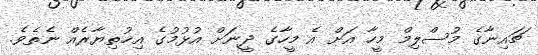
ޗައިނާގެ މުސްލިމް މީހާ އަށް އެ މީހާގެ ދީނަށް އުޅުމުގެ އިޚުތިޔާރެއް ނެތެވެ.